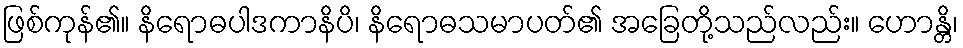
ဖြစ်ကုန်၏။ နိရောဓပါဒကာနိပိ၊ နိရောဓသမာပတ်၏ အခြေတို့သည်လည်း။ ဟောန္တိ၊